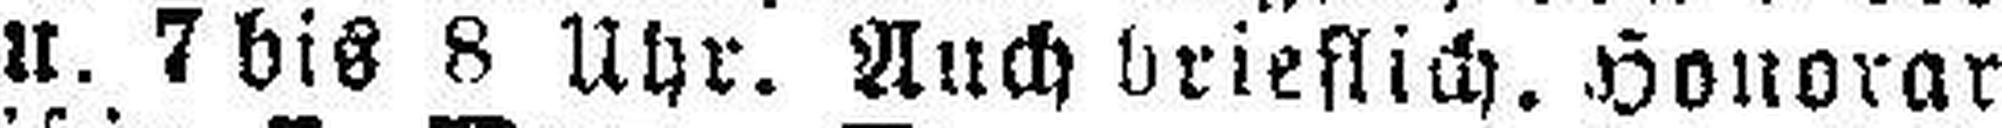
5 u. 7 bis 8 Uhr. Auch brieflich. Honorar